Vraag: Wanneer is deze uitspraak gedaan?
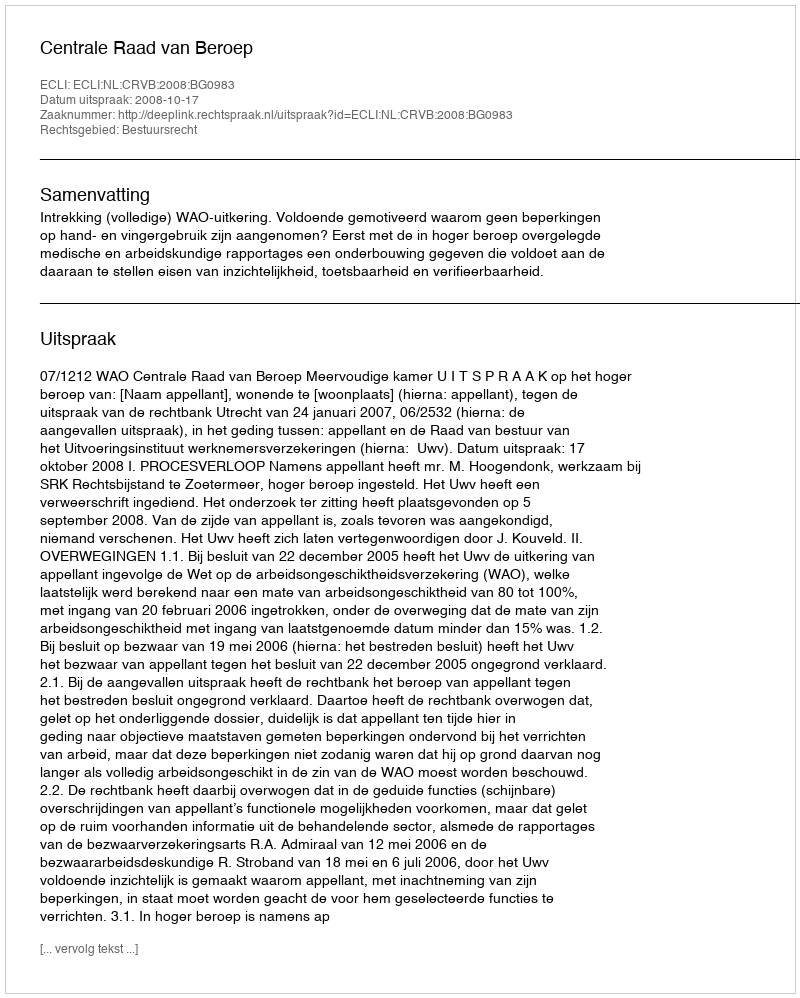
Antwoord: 2008-10-17